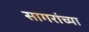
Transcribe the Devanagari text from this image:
सागरांच्या